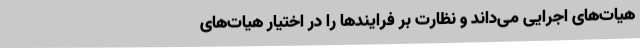
هیات‌های اجرایی می‌داند و نظارت بر فرایندها را در اختیار هیات‌های